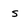
Character: s